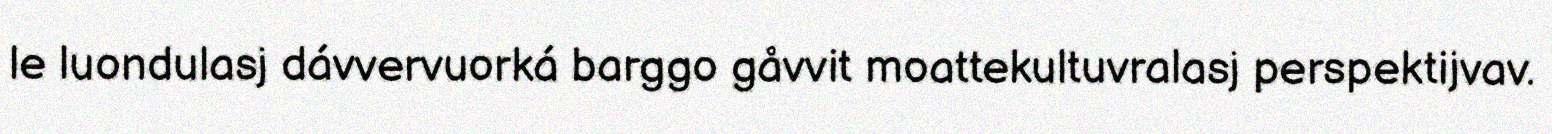
le luondulasj dávvervuorká barggo gåvvit moattekultuvralasj perspektijvav.